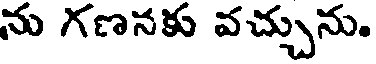
ను గణనకు వచ్చును.